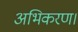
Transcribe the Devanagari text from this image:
अभिकरण।